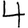
Digit: 4